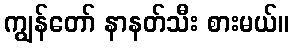
ကျွန်တော် နာနတ်သီး စားမယ်။